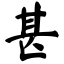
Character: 甚